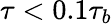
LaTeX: \tau<0.1\tau_{b}